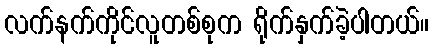
လက်နက်ကိုင်လူတစ်စုက ရိုက်နှက်ခဲ့ပါတယ်။